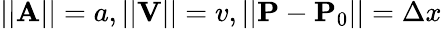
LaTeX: ||\mathbf{A}||=a,||\mathbf{V}||=v,||\mathbf{P}-\mathbf{P}_{0}||=\Delta x